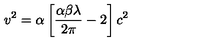
v ^ { 2 } = \alpha \left[ \frac { \alpha \beta \lambda } { 2 \pi } - 2 \right] c ^ { 2 }